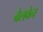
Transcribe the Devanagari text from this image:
बेलवेन